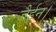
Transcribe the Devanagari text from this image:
जैईन।